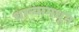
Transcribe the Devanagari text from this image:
धान्यामधून